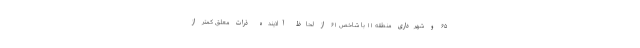
۶۵ و شهرداری منطقه ۱۱ با شاخص ۶۱ از لحاظ آلاینده ذرات معلق کمتر از